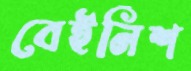
বেইনিশ